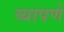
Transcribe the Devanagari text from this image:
व्यापणे